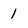
Character: 1